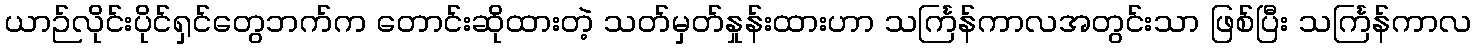
ယာဉ်လိုင်းပိုင်ရှင်တွေဘက်က တောင်းဆိုထားတဲ့ သတ်မှတ်နှုန်းထားဟာ သင်္ကြန်ကာလအတွင်းသာ ဖြစ်ပြီး သင်္ကြန်ကာလ